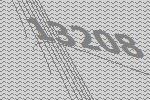
13208